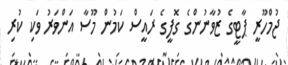
ޖުމްހޫރީ ޕާޓީގެ ޒުވާނުންގެ ގޮފީގެ ރައީސް ކަމުން މޫސާ އަންވަރު ވަކި ކުރި